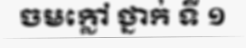
ចមក្លៅ ថ្នាក់ ទី ១